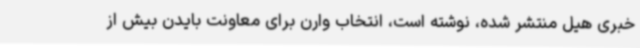
خبری هیل منتشر شده، نوشته است، انتخاب وارن برای معاونت بایدن بیش از